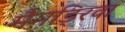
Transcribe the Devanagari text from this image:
मैनड्रिवा